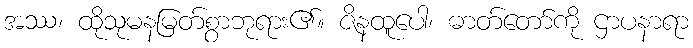
အဿ၊ ထိုသုမနမြတ်စွာဘုရား၏။ ဇိနထူပေါ၊ ဓာတ်တော်ကို ဌာပနာရာ